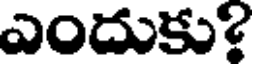
ఎందుకు?